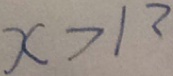
x > 1 3